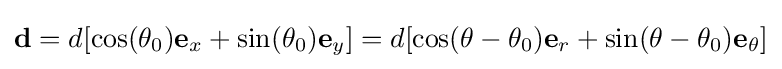
\mathbf {d} =d[\cos(\theta _{0})\mathbf {e} _{x}+\sin(\theta _{0})\mathbf {e} _{y}]=d[\cos(\theta -\theta _{0})\mathbf {e} _{r}+\sin(\theta -\theta _{0})\mathbf {e} _{\theta }]